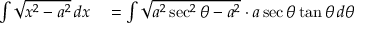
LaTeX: \begin{array} { r l } { \int { \sqrt { x ^ { 2 } - a ^ { 2 } } } \, d x } & { { } = \int { \sqrt { a ^ { 2 } \sec ^ { 2 } \theta - a ^ { 2 } } } \cdot a \sec \theta \tan \theta \, d \theta } \end{array}